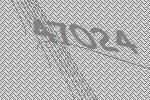
47024